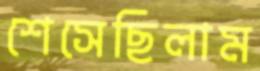
শেসেছিলাম